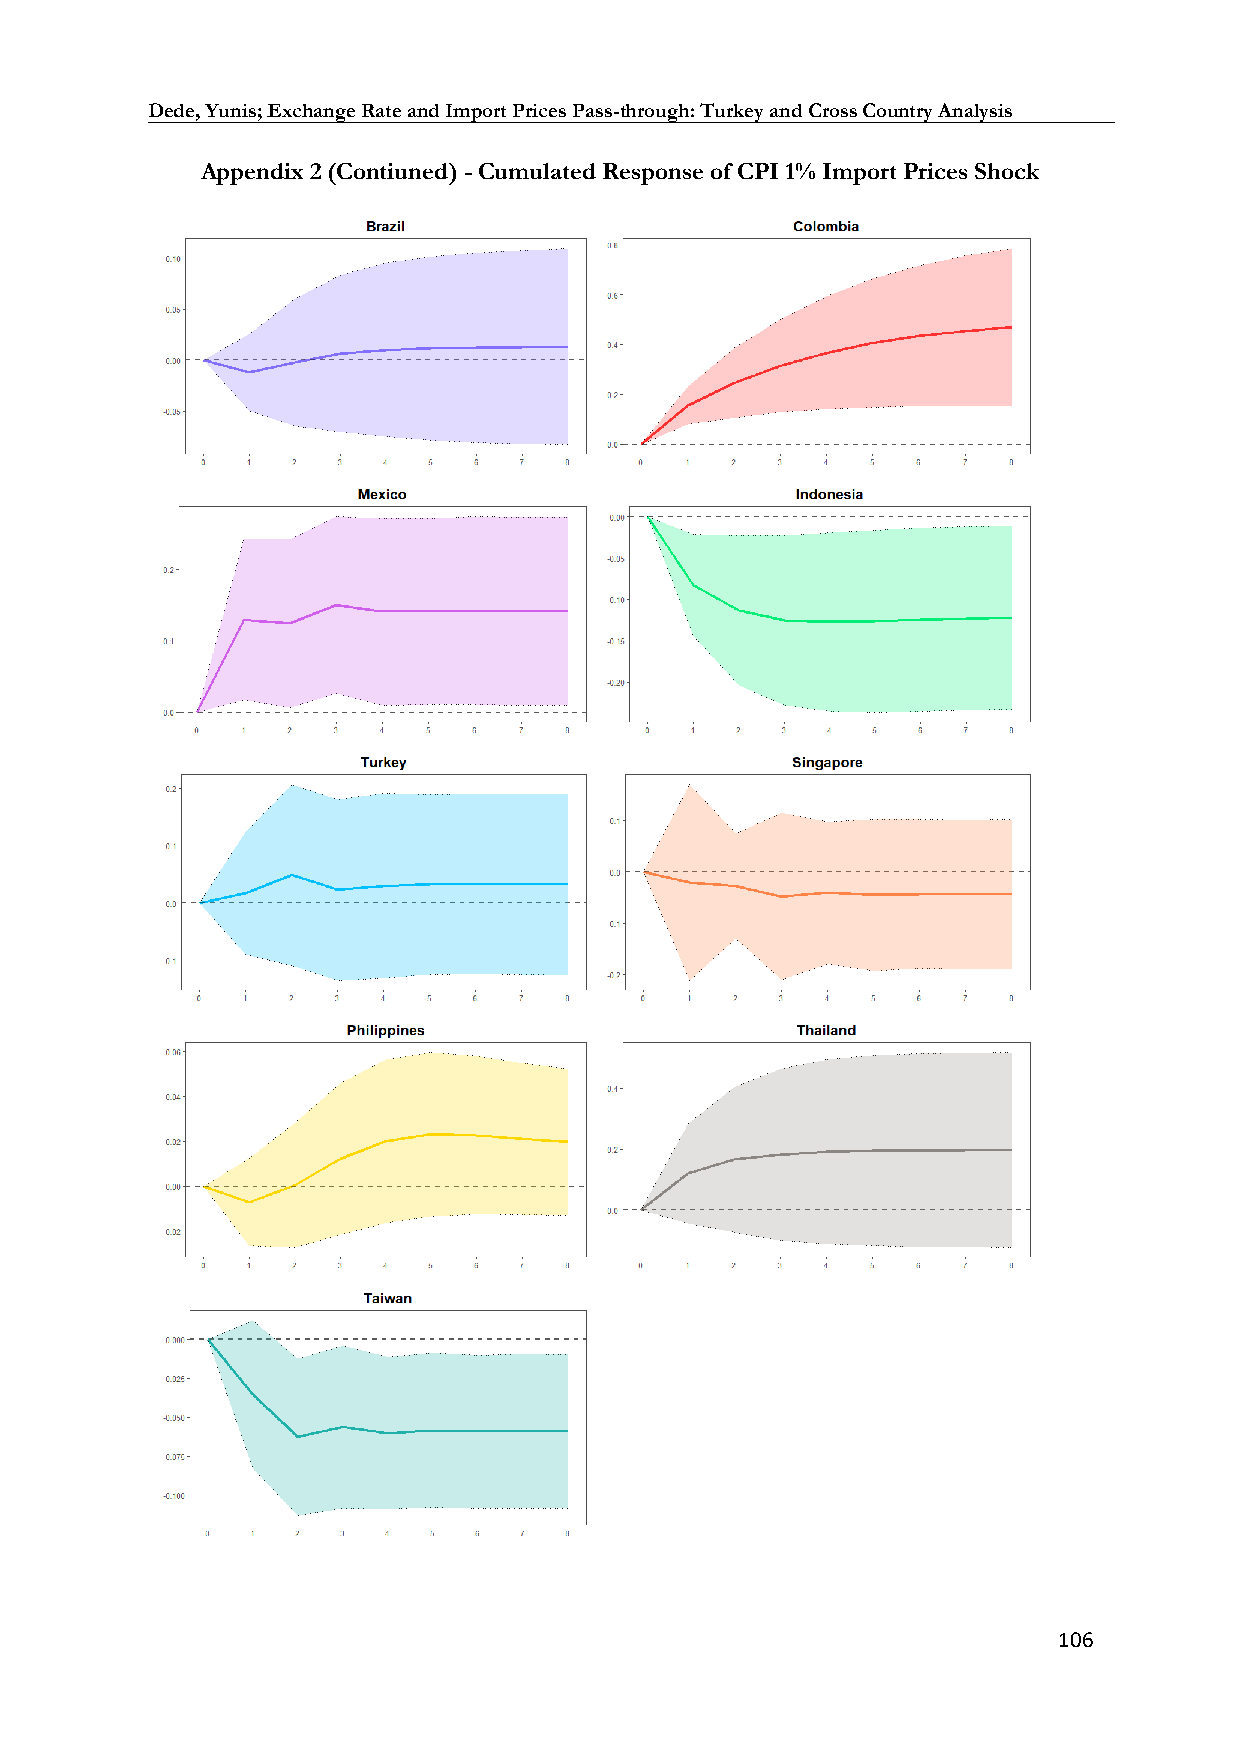
Dede, Yunis; Exchange Rate and Import Prices Pass-through: Turkey and Cross Country Analysis
 Appendix 2 (Contiuned) - Cumulated Response of CPI 1% Import Prices Shock
 106